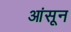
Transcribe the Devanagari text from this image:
आंसून